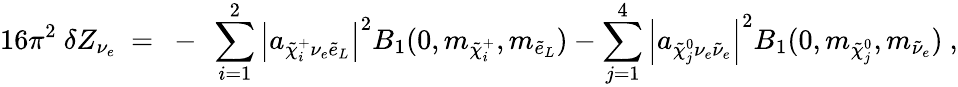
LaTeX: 16\pi^{2}~\delta Z_{\nu_{e}}\ =\ -\ \sum_{i=1}^{2}\left|a_{\tilde{\chi}_{i}^{+}\nu_{e}\tilde{e}_{L}}\right|^{2}B_{1}(0,m_{\tilde{\chi}_{i}^{+}},m_{\tilde{e}_{L}})-\sum_{j=1}^{4}\left|a_{\tilde{\chi}_{j}^{0}\nu_{e}\tilde{\nu}_{e}}\right|^{2}B_{1}(0,m_{\tilde{\chi}_{j}^{0}},m_{\tilde{\nu}_{e}})~,